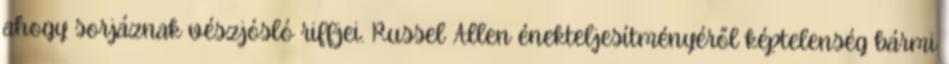
ahogy sorjáznak vészjósló riffjei. Russel Allen énekteljesítményéről képtelenség bármi